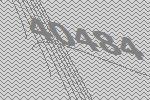
40484